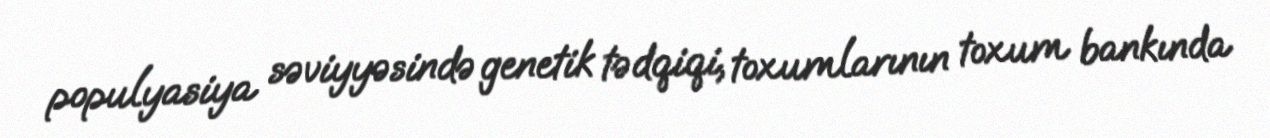
populyasiya səviyyəsində genetik tədqiqi, toxumlarının toxum bankında